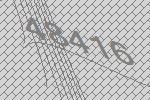
48416